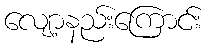
လျော့နည်းကြောင်း